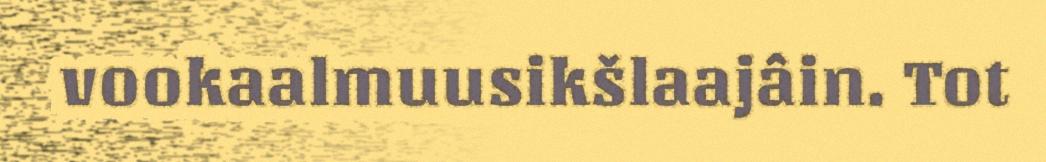
vookaalmuusikšlaajâin. Tot